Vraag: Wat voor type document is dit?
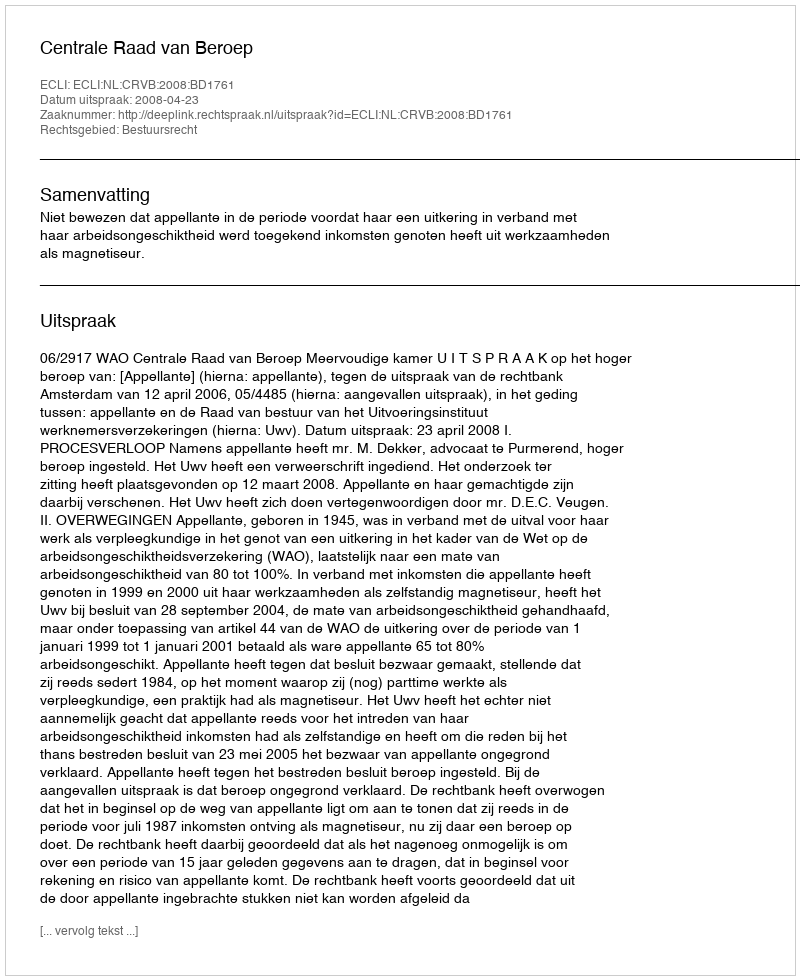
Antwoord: Uitspraak